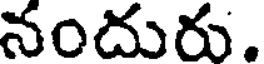
నందురు.